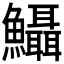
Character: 𩽪